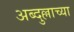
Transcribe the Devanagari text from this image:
अब्दुल्लाच्या